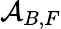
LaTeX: {\cal A}_{B,F}